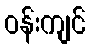
ဝန်းကျင်